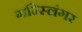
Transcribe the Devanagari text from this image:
गन्स्लिंगर